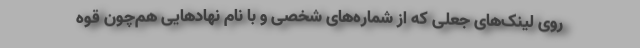
روی لینک‌های جعلی که از شماره‌های شخصی و با نام نهادهایی هم‌چون قوه